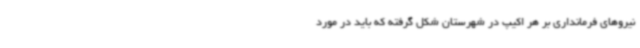
نیروهای فرمانداری بر هر اکیپ در شهرستان شکل گرفته که باید در مورد